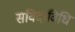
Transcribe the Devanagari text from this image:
संविदाविधि